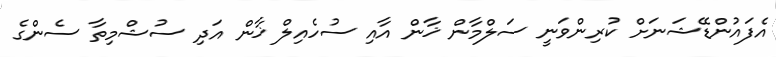
އެފައުންޑޭޝަނަށް ކުރިންވަނީ ސަލްމާން ޚާން އާއި ސުހެއިލް ޚާން އަދި ސުޝްމިތާ ސެންގެ